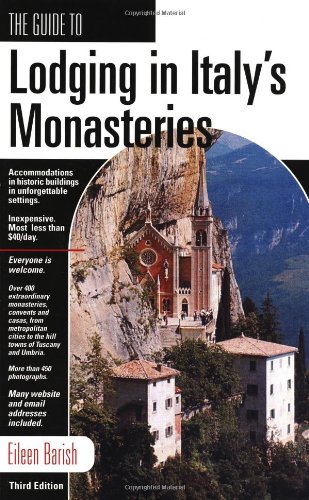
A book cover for GD LODGING IN ITALY'S MONASTERIES, 3rd (Guide to Lodging in Italy's Monasteries); First Last; Travel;